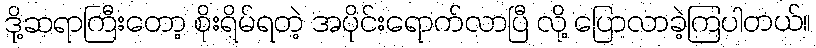
ဒို့ဆရာကြီးတော့ စိုးရိမ်ရတဲ့ အပိုင်းရောက်လာပြီ လို့ ပြောလာခဲ့ကြပါတယ်။